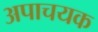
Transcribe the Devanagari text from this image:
अपाचयक